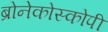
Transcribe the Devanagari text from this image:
ब्रोनेकोस्कोपी